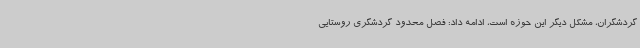
گردشگران، مشکل دیگر این حوزه است، ادامه داد: فصل محدود گردشگری روستایی